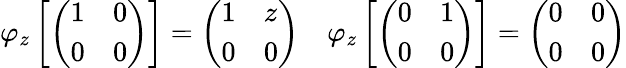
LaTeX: \varphi_{z}\left[{\left(\begin{array}{ll}{1}&{0}\\ {0}&{0}\end{array}\right)}\right]={\left(\begin{array}{ll}{1}&{z}\\ {0}&{0}\end{array}\right)}\quad\varphi_{z}\left[{\left(\begin{array}{ll}{0}&{1}\\ {0}&{0}\end{array}\right)}\right]={\left(\begin{array}{ll}{0}&{0}\\ {0}&{0}\end{array}\right)}